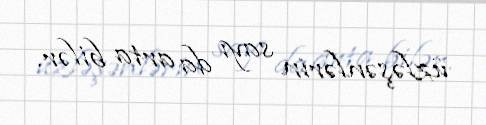
üzləşənlərin sayı da arta bilər.